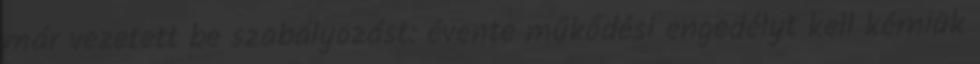
már vezetett be szabályozást: évente működési engedélyt kell kérniük